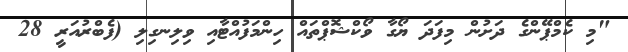
"މި ކެމްޕޭންގެ ދަށުން މިފަދަ ޔޯގާ ވޯކްޝޮޕްތައް ހިންމަފުއްޓާއި ވިލިނގިލި (ފެބްރުއަރީ 28